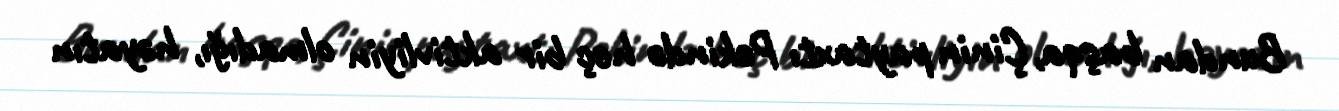
Bundan başqa, Çinin paytaxtı Pekində heç bir aktivliyin olmadığı, həyatın